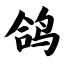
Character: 鸽